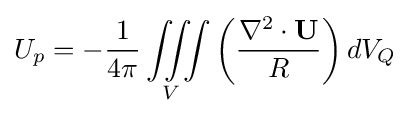
U_{p}=-{\frac {1}{4\pi }}\iiint \limits _{V}\left({\frac {\nabla ^{2}\cdot \mathbf {U} }{R}}\right)dV_{Q}